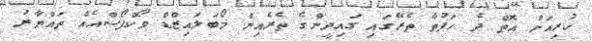
ކުރިއަށް އޮތް ދެ ހަފުތާ ތެރޭގައި ގައިދީންގެ ތެރެއިން މޯބަލައިޒްޑް ވޯކްފޯސްއެއް ތައްޔާރު